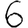
Digit: 6